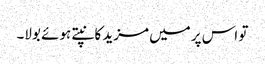
تو اس پر میں مزید کانپتے ہوئے بولا۔